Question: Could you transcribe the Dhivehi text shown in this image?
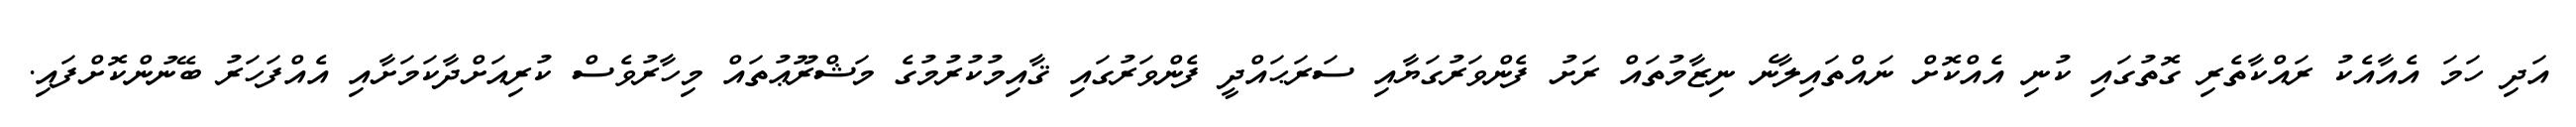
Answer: އަދި ހަމަ އެއާއެކު ރައްކާތެރި ގޮތުގައި ކުނި އެއްކޮށް ނައްތައިލާނެ ނިޒާމުތައް ރަށު ފެންވަރުގަޔާއި ސަރަޙައްދީ ފެންވަރުގައި ޤާއިމުކުރުމުގެ މަޝްރޫޢުތައް މިހާރުވެސް ކުރިއަށްދާކަމަށާއި އެއްފަހަރު ބޭނުންކޮށްފައި.